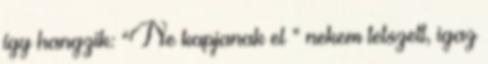
így hangzik: “Ne kapjanak el ” nekem tetszett, igaz